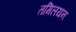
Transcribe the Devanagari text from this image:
तमिलयन